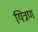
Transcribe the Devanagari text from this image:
यित्रण